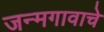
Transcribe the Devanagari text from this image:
जन्मगावाचे